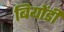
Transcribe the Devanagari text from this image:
बियोंडी